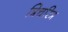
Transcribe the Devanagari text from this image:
त्रिचरित्र